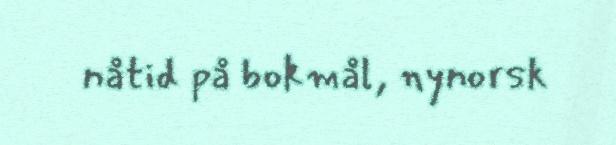
nåtid på bokmål, nynorsk